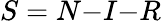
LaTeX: S=N{-}I{-}R